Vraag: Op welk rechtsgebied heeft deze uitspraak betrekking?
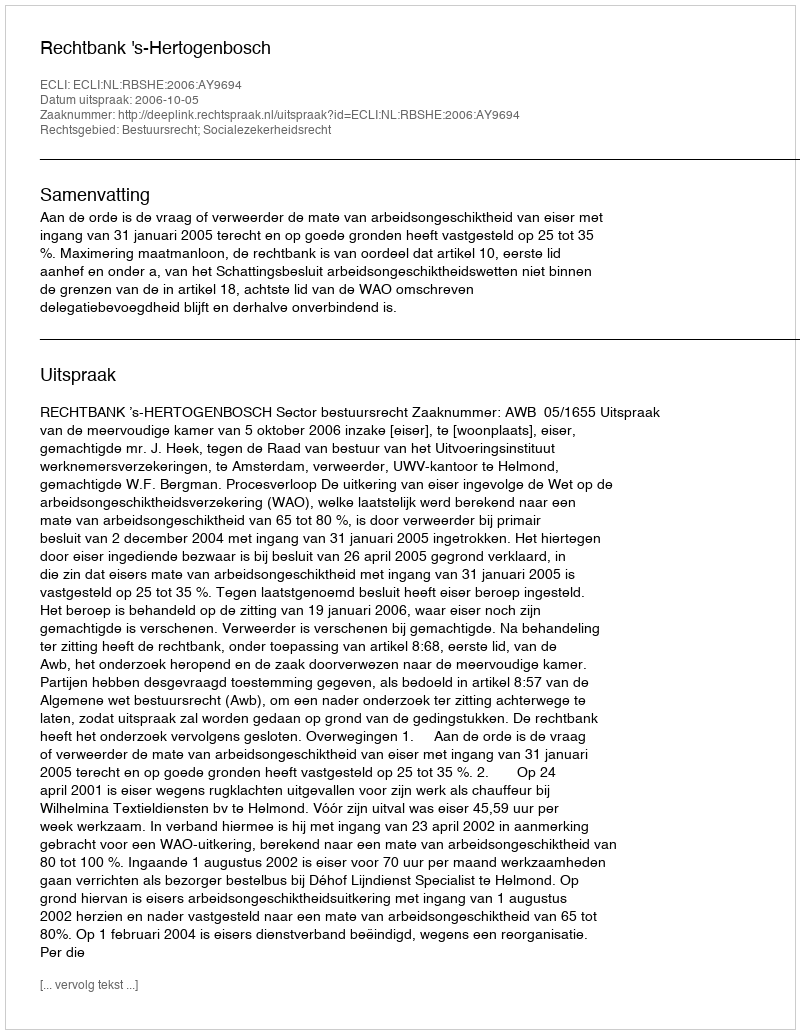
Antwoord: Bestuursrecht; Socialezekerheidsrecht